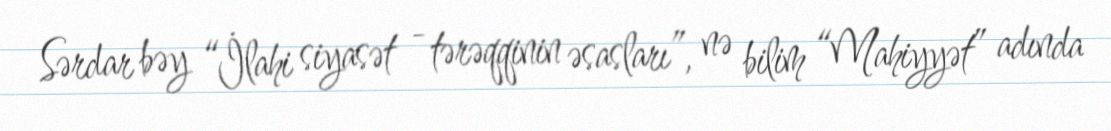
Sərdar bəy “İlahi siyasət - tərəqqinin əsasları”, nə bilim “Mahiyyət” adında